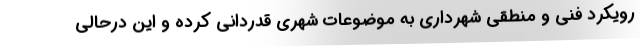
رویکرد فنی و منطقی شهرداری به موضوعات شهری قدردانی کرده و این درحالی